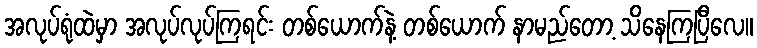
အလုပ်ရုံထဲမှာ အလုပ်လုပ်ကြရင်း တစ်ယောက်နဲ့ တစ်ယောက် နာမည်တော့ သိနေကြပြီလေ။